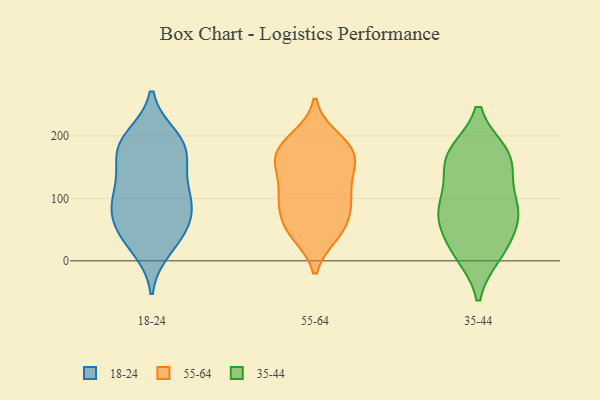
{"axis": {"x": "Humidity (%)", "y": "Value"}, "legend": ["18-24", "35-44", "55-64"], "data": [{"x": "", "y": 176, "type": "18-24"}, {"x": "", "y": 198, "type": "18-24"}, {"x": "", "y": 150, "type": "18-24"}, {"x": "", "y": 79, "type": "18-24"}, {"x": "", "y": 193, "type": "18-24"}, {"x": "", "y": 56, "type": "18-24"}, {"x": "", "y": 37, "type": "18-24"}, {"x": "", "y": 178, "type": "18-24"}, {"x": "", "y": 127, "type": "18-24"}, {"x": "", "y": 20, "type": "18-24"}, {"x": "", "y": 104, "type": "18-24"}, {"x": "", "y": 182, "type": "18-24"}, {"x": "", "y": 42, "type": "18-24"}, {"x": "", "y": 80, "type": "18-24"}, {"x": "", "y": 109, "type": "18-24"}, {"x": "", "y": 86, "type": "18-24"}, {"x": "", "y": 53, "type": "55-64"}, {"x": "", "y": 42, "type": "55-64"}, {"x": "", "y": 171, "type": "55-64"}, {"x": "", "y": 192, "type": "55-64"}, {"x": "", "y": 166, "type": "55-64"}, {"x": "", "y": 42, "type": "55-64"}, {"x": "", "y": 120, "type": "55-64"}, {"x": "", "y": 164, "type": "55-64"}, {"x": "", "y": 142, "type": "55-64"}, {"x": "", "y": 167, "type": "55-64"}, {"x": "", "y": 184, "type": "55-64"}, {"x": "", "y": 95, "type": "55-64"}, {"x": "", "y": 143, "type": "55-64"}, {"x": "", "y": 197, "type": "55-64"}, {"x": "", "y": 107, "type": "55-64"}, {"x": "", "y": 89, "type": "55-64"}, {"x": "", "y": 50, "type": "55-64"}, {"x": "", "y": 97, "type": "55-64"}, {"x": "", "y": 76, "type": "55-64"}, {"x": "", "y": 83, "type": "35-44"}, {"x": "", "y": 67, "type": "35-44"}, {"x": "", "y": 165, "type": "35-44"}, {"x": "", "y": 12, "type": "35-44"}, {"x": "", "y": 165, "type": "35-44"}, {"x": "", "y": 72, "type": "35-44"}, {"x": "", "y": 24, "type": "35-44"}, {"x": "", "y": 85, "type": "35-44"}, {"x": "", "y": 169, "type": "35-44"}, {"x": "", "y": 16, "type": "35-44"}, {"x": "", "y": 86, "type": "35-44"}, {"x": "", "y": 171, "type": "35-44"}, {"x": "", "y": 134, "type": "35-44"}]}